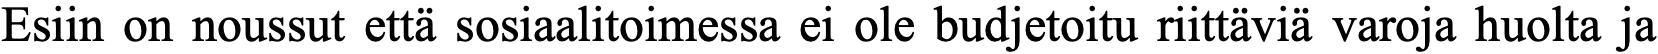
Esiin on noussut että sosiaalitoimessa ei ole budjetoitu riittäviä varoja huolta ja